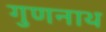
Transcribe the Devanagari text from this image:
गुणनाथ